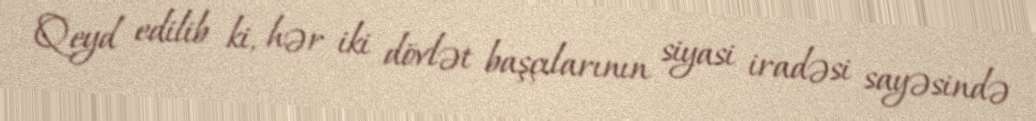
Qeyd edilib ki, hər iki dövlət başçılarının siyasi iradəsi sayəsində